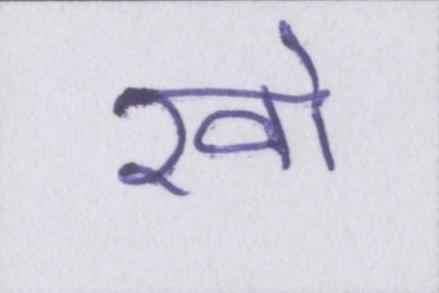
खो